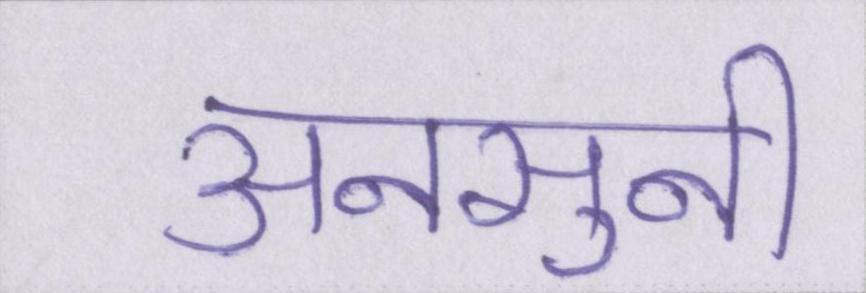
अनसुनी